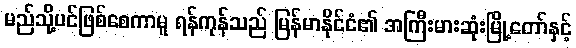
မည်သို့ပင်ဖြစ်စေကာမူ ရန်ကုန်သည် မြန်မာနိုင်ငံ၏ အကြီးမားဆုံးမြို့တော်နှင့်